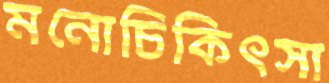
মনোচিকিৎসা